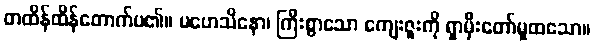
တထိန်ထိန်တောက်ပ၏။ မဟေသိနော၊ ကြီးစွာသော ကျေးဇူးကို ရှာမှီးတော်မူထသော။